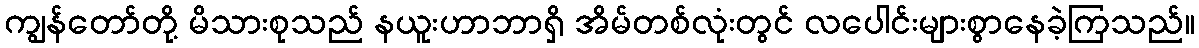
ကျွန်တော်တို့ မိသားစုသည် နယူးဟာဘာရှိ အိမ်တစ်လုံးတွင် လပေါင်းများစွာနေခဲ့ကြသည်။